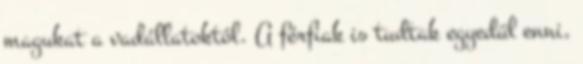
magukat a vadállatoktól. A férfiak is tudtak egyedül enni,